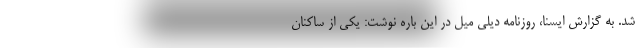
شد. به گزارش ایسنا، روزنامه دیلی میل در این باره نوشت: یکی از ساکنان